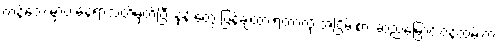
ကန်ဘေးမှာပဲ နေရာသတ်မှတ်ပြီး နုန်းတွေ ပြန်ချထားရတာလို့ အငြိမ်းစား ဆည်မြောင်းဝန်ထမ်းက